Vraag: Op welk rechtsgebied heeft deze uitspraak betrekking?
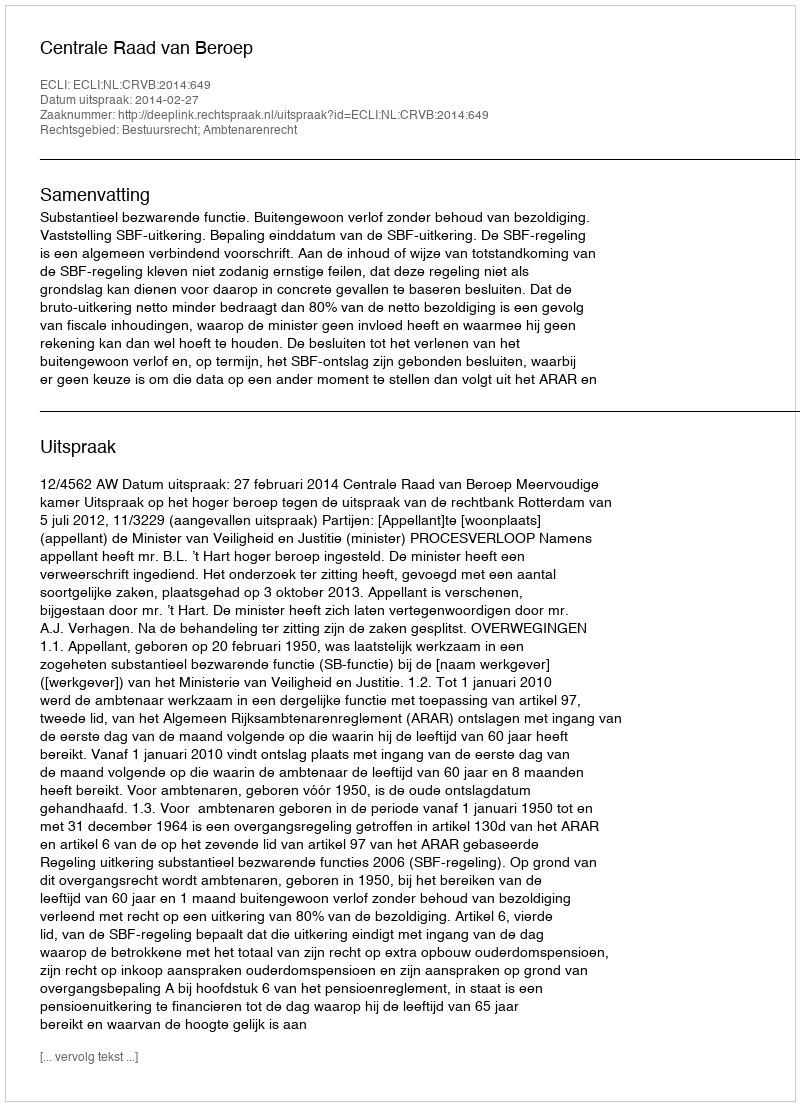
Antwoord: Bestuursrecht; Ambtenarenrecht